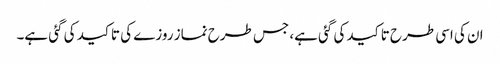
ان کی اسی طرح تاکید کی گئی ہے، جس طرح نماز روزے کی تاکید کی گئی ہے۔